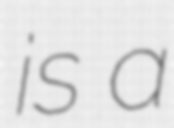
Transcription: is a